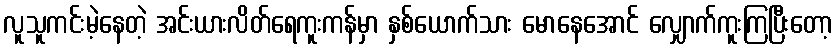
လူသူကင်းမဲ့နေတဲ့ အင်းယားလိတ်ရေကူးကန်မှာ နှစ်ယောက်သား မောနေအောင် လျှောက်ကူးကြပြီးတော့